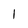
Character: 1